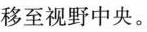
移至视野中央。